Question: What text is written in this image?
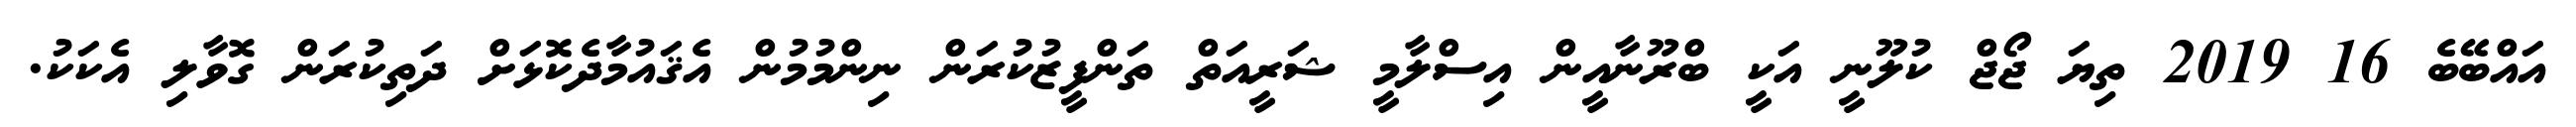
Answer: އައްބޭބެ 16 2019 ތިޔަ ޖޯޖް ކުލޫނީ އަކީ ބްރޫނާއީން އިސްލާމީ ޝަރީއަތް ތަންފީޒުކުރަން ނިންމުމުން އެޤައުމާދެކޮޅަށް ދަތިކުރަން ގޮވާލި އެކަކު.